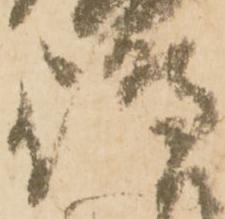
嶋